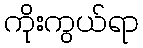
ကိုးကွယ်ရာ